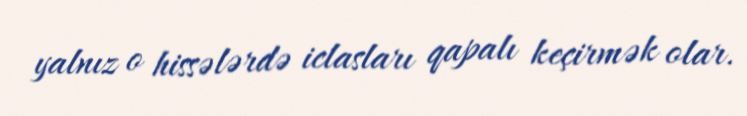
yalnız o hissələrdə iclasları qapalı keçirmək olar.